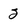
Character: 2